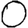
Digit: 0